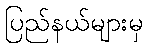
ပြည်နယ်များမှ